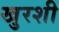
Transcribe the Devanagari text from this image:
खुरशी